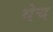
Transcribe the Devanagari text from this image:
थेच